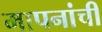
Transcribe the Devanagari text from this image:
मापनांची